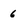
Character: 6